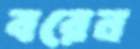
বরেন